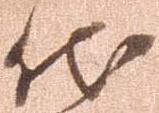
代